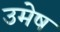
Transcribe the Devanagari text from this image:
उमेष